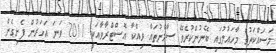
މަސައްކަތުގެ މާހައުލުގައި ބޭނުންކުރެވޭ ސާމާނުތައް ވިއްކާ އޮސްޓްރާވާއަކީ 2011 ވަނަަ އަހަރުން ފެށިގެން